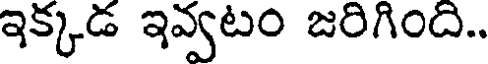
ఇక్కడ ఇవ్వటం జరిగింది..